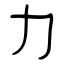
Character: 力